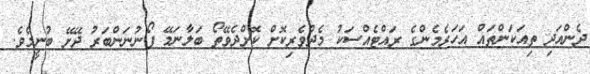
ދެންއަދި ތިއަކަންތައް އަހަރެމެންގެ ރައްޓެއްސަކު މެދުވެރިކޮށް ކޮށްދެވޭތޯ ބަލާނަމޭ ފޯނުނަންބަރު ދޭށޭ ބުނީމެވެ.